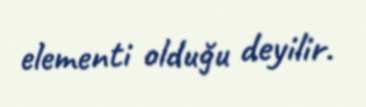
elementi olduğu deyilir.